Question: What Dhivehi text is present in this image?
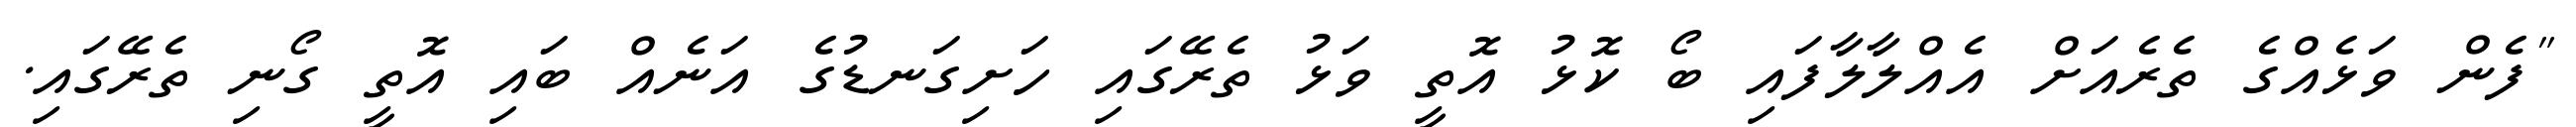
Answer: "ފެން ވަޅެއްގެ ތެރެއަށް އެއްލާލާފައި ބޯ ކޮޅު އޮތީ ވަޅު ތެރޭގައި ހަށިގަނޑުގެ އަނެއް ބައި އޮތީ ގޯނި ތެރޭގައި.